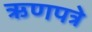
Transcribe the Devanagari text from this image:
ऋणपत्रे